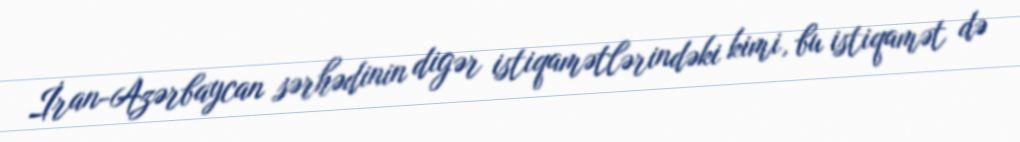
İran-Azərbaycan sərhədinin digər istiqamətlərindəki kimi, bu istiqamət də